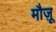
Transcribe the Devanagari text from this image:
मौज़ू